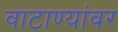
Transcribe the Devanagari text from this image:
वाटाण्यांवर